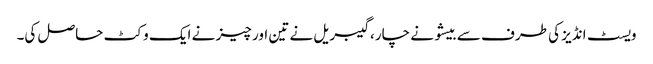
ویسٹ انڈیز کی طرف سے بیشو نے چار، گیبریل نے تین اور چیز نے ایک وکٹ حاصل کی۔